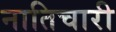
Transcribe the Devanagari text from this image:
नातिचारी